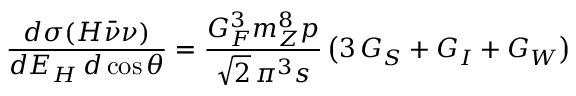
\frac { d \sigma ( H \bar { \nu } \nu ) } { d E _ { H } \, d \cos \theta } = \frac { G _ { F } ^ { 3 } m _ { Z } ^ { 8 } p } { \sqrt 2 \, \pi ^ { 3 } s } \left( 3 \, { \cal G } _ { S } + { \cal G } _ { I } + { \cal G } _ { W } \right)